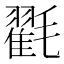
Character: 𭯪